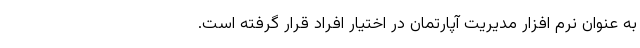
به عنوان نرم افزار مدیریت آپارتمان در اختیار افراد قرار گرفته است.